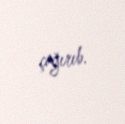
çağırıb.